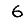
Digit: 6